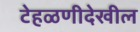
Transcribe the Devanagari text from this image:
टेहळणीदेखील